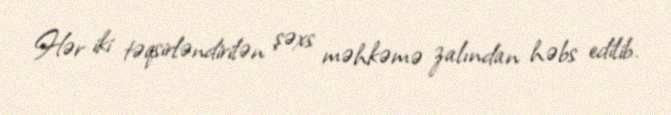
Hər iki təqsirləndirilən şəxs məhkəmə zalından həbs edilib.